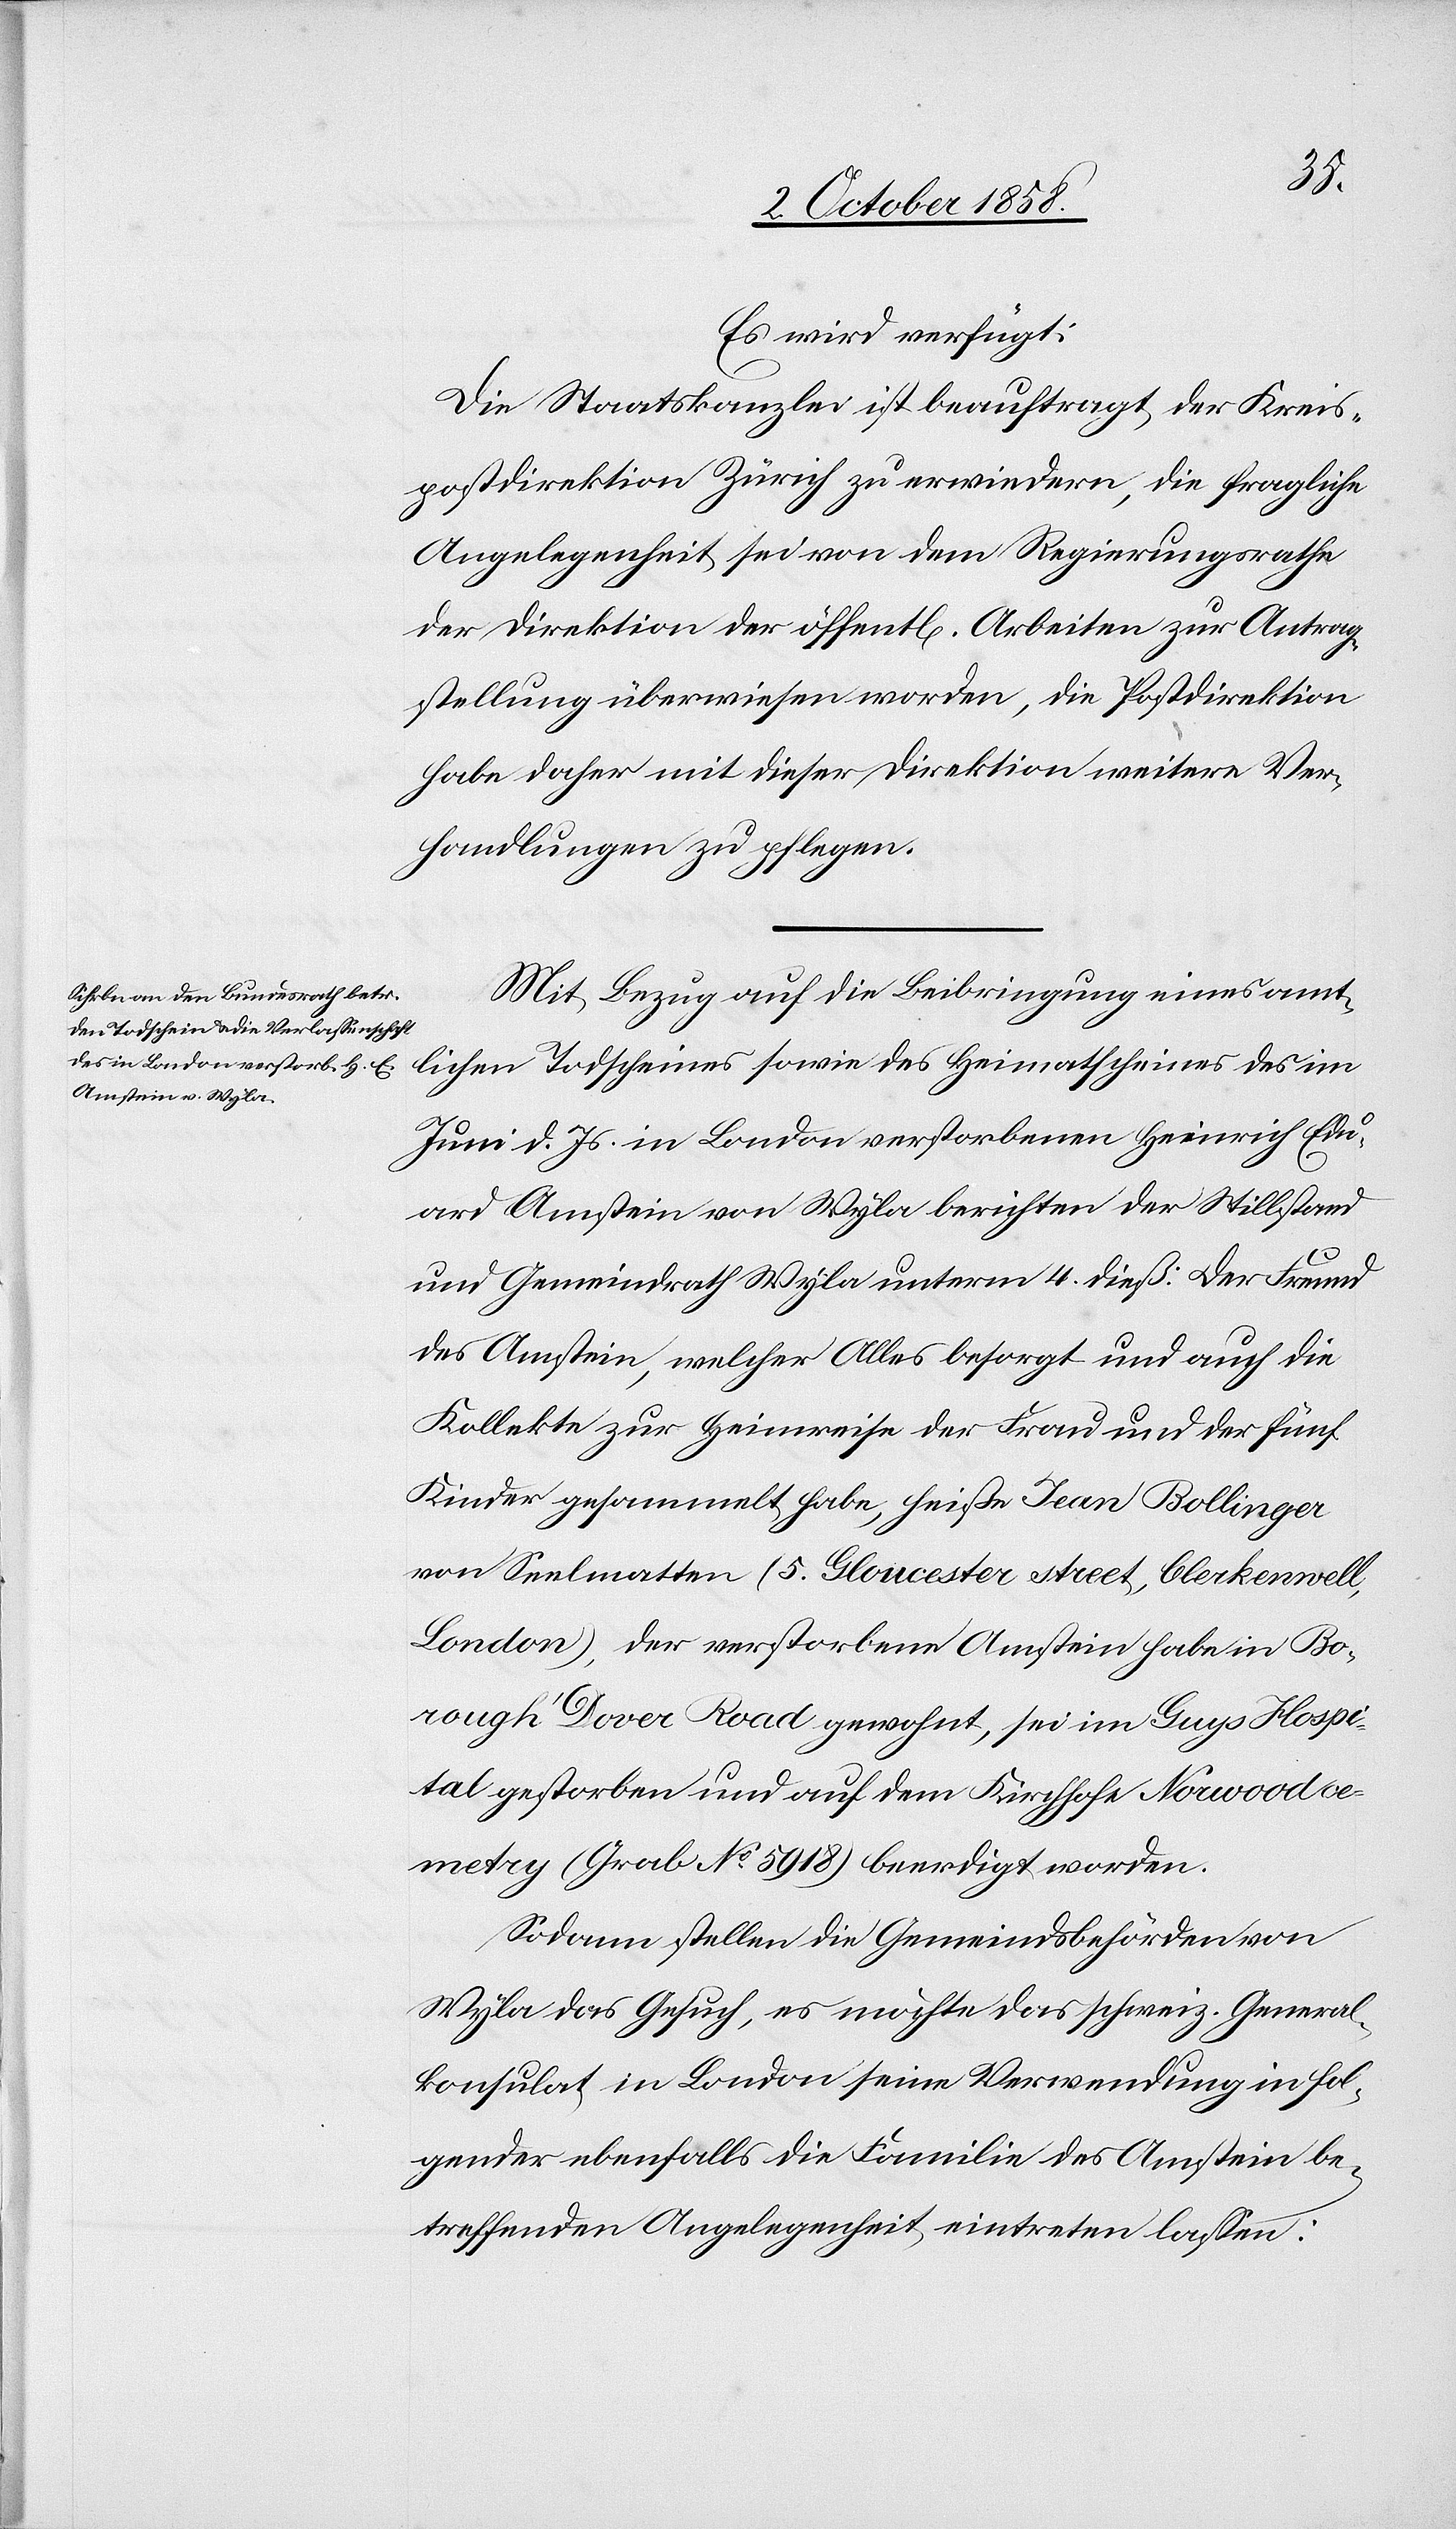
6. Octob. 1858.]
Es wird verfügt:
Die Staatskanzlei ist beauftragt, der Kreis¬
postdirektion Zürich zu erwiedern, die fragliche
Angelegenheit sei von dem Regierungsrathe
der Direktion der öffentl[ichen] Arbeiten zur Antrag¬
stellung überwiesen worden, die Postdirektion
habe daher mit dieser Direktion weitere Ver¬
handlungen zu pflegen.
Mit Bezug auf die Beibringung eines amt¬
lichen Todscheines sowie des Heimatscheines des im
Juni d. Js. in London verstorbenen Heinrich Edu¬
ard Amstein von Wyla berichten der Stillstand
und Gemeindrath Wyla unterm 4. dieß: Der Freund
des Amstein, welcher Alles besorgt und auch die
Kollekte zur Heimreise der Frau und der fünf
Kinder gesammelt habe, heiße Jean Bollinger
von Seelmatten (5. Gloucester street, Clerkenwell,
London), der verstorbene Amstein habe in Bo¬
rough Dover Road gewohnt, sei im Guys Hospi¬
tal gestorben und auf dem Kirchhofe Norwood ce¬
metry (Grab No. 5918) beerdigt worden.
Sodann stellen die Gemeindsbehörden von
Wyla das Gesuch, es möchte das schweiz. General¬
konsulat in London seine Verwendung in fol¬
gender ebenfalls die Familie des Amstein be¬
treffenden Angelegenheit eintreten lassen: